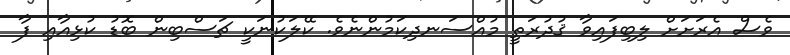
ވެސް އެރަށަށް ލިބިފައިވާ ޤުދުރަތީ މުއްސަނދިކަމުންނެވެ. ކޭލަކުނަކީ ޗަސްބިން ބޮޑު ކުޅިއާއި ފާ